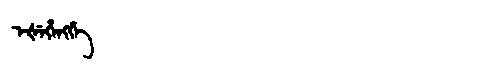
Manchu: ᡝᡧᡝᡥᡝᠩᡤᡝ
Romanization: EŠEHENGGE